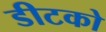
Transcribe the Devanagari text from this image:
डीटको